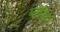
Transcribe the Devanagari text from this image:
ब्लँडिना